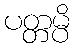
ပတ္တမ္ပိ